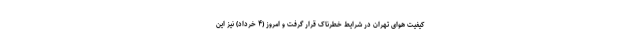
کیفیت هوای تهران در شرایط خطرناک قرار گرفت و امروز (۴ خرداد) نیز این